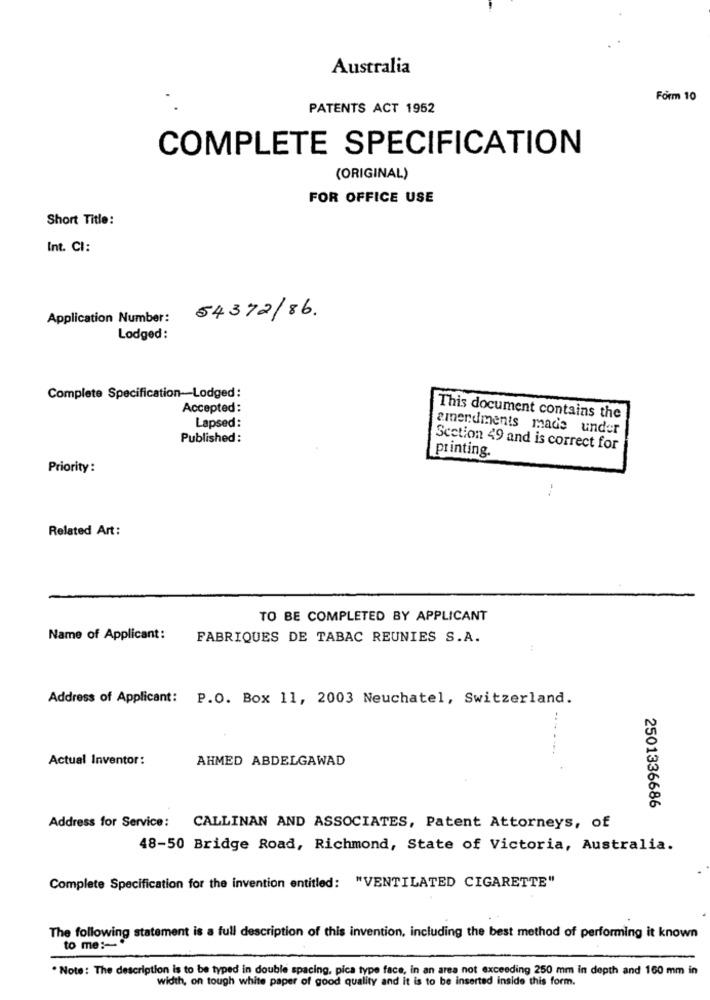
Australia
Form 10
PATENTS ACT 1952
COMPLETE SPECIFICATION
(ORIGINAL)
FOR OFFICE USE
Short Title:
Int. CI:
Application Number:
54372/86.
Lodged:
Complete Specification-Lodged:
Accepted:
This document contains the
Lapsed:
amendments made under
Published:
Scetion 49 and is correct for
printing.
Priority :
Related Art :
TO BE COMPLETED BY APPLICANT
Name of Applicant :
FABRIQUES DE TABAC REUNIES S.A.
Address of Applicant: P.O. Box 11, 2003 Neuchatel, Switzerland.
Actual Inventor:
AHMED ABDELGAWAD
2501336686
Address for Service: CALLINAN AND ASSOCIATES, Patent Attorneys, of
48-50 Bridge Road, Richmond, State of Victoria, Australia.
Complete Specification for the invention entitled: "VENTILATED CIGARETTE"
The following statement is a full description of this invention, including the best method of performing it known
to me :*
. Note: The description is to be typed in double spacing, pica type face, in an area not exceeding 250 mm In depth and 160 mm in
width, on tough white paper of good quality and it is to be inserted inside this form.